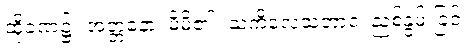
ထိုခဏ၌။ အတ္တနော၊ မိမိ၏။ သံကိလေသဘာဝံ၊ ညစ်နွမ်းခြင်း